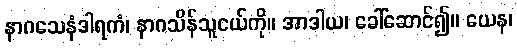
နာဂသေနံဒါရကံ၊ နာဂသိန်သူငယ်ကို။ အာဒါယ၊ ခေါ်ဆောင်၍။ ယေန၊